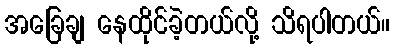
အခြေချ နေထိုင်ခဲ့တယ်လို့ သိရပါတယ်။